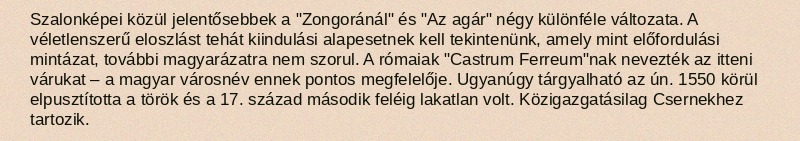
Szalonképei közül jelentősebbek a "Zongoránál" és "Az agár" négy különféle változata. A véletlenszerű eloszlást tehát kiindulási alapesetnek kell tekintenünk, amely mint előfordulási mintázat, további magyarázatra nem szorul. A rómaiak "Castrum Ferreum"nak nevezték az itteni várukat – a magyar városnév ennek pontos megfelelője. Ugyanúgy tárgyalható az ún. 1550 körül elpusztította a török és a 17. század második feléig lakatlan volt. Közigazgatásilag Csernekhez tartozik.